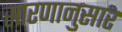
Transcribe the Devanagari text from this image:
सारणानुसार